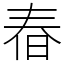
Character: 㫪